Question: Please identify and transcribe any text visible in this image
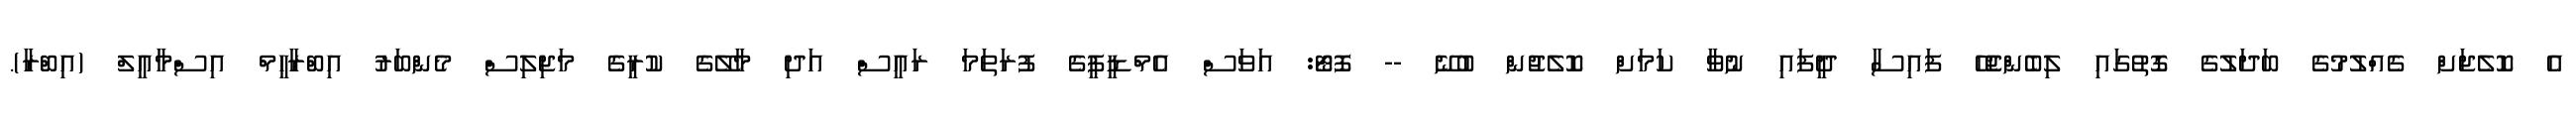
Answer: އެ ކޮލެޖަށް ގެއްލުމުގެ ބަދަލުގެ ގޮތުގައި ލިބެންޖެހޭ ފައިސާ ދީފައި ނުވާ ކަމަށް ކޮލެޖުން ބުނޭ -- ފޮޓޯ: އަވަސް އެމްޑީޕީގެ ފުރަތަމަ ރައީސް އަދި މާލޭގެ ކުރީގެ މަޖިލިސް މެންބަރު އިބްރާހީމް އިސްމާއީލް (އިބްރާ).